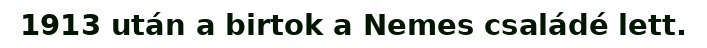
1913 után a birtok a Nemes családé lett.